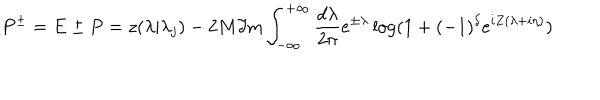
LaTeX: P ^ { \pm } = E \pm P = z ( \lambda | \lambda _ { j } ) - 2 M \Im \mathrm { m } \int _ { - \infty } ^ { + \infty } \frac { d \lambda } { 2 \pi } e ^ { \pm \lambda } \log ( 1 + ( - 1 ) ^ { \delta } e ^ { i Z ( \lambda + i \eta ) } )